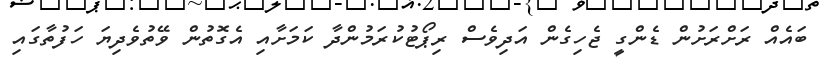
ބައެއް ރަށްރަށުން ޑެންގީ ޖެހިގެން އަދިވެސް ރިޕޯޓުކުރަމުންދާ ކަމަށާއި އެގޮތުން ވޭތުވެދިޔަ ހަފުތާގައި